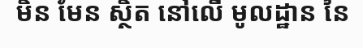
មិន មែន ស្ថិត នៅលើ មូលដ្ឋាន នៃ